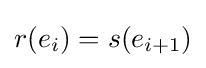
r(e_{i})=s(e_{i+1})